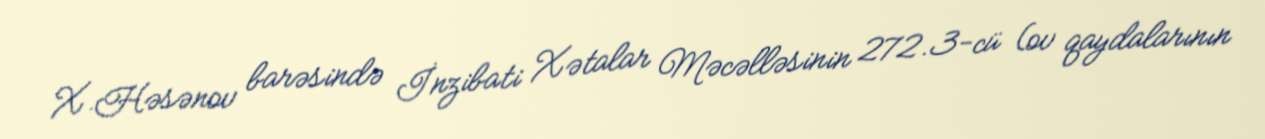
X.Həsənov barəsində İnzibati Xətalar Məcəlləsinin 272.3-cü (ov qaydalarının